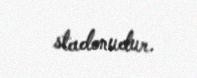
stadonudur.